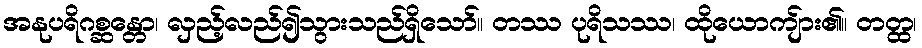
အနုပရိဂစ္ဆန္တော၊ လှည့်လည်၍သွားသည်ရှိသော်။ တဿ ပုရိသဿ၊ ထိုယောကျ်ား၏။ တတ္ထ၊